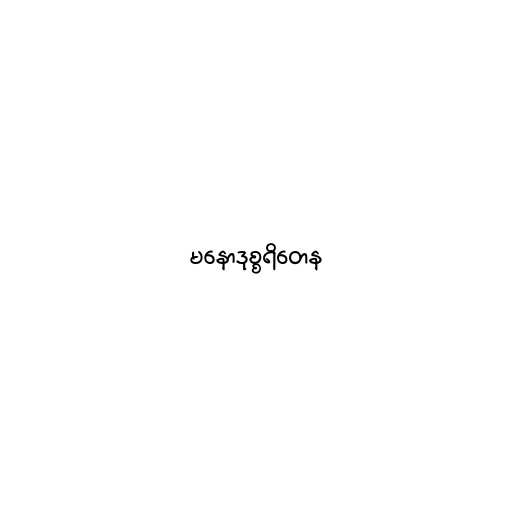
မနောဒုစ္စရိတေန